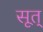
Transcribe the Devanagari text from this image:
सूत्